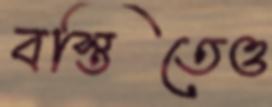
বস্তিতেও